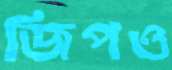
জিপও